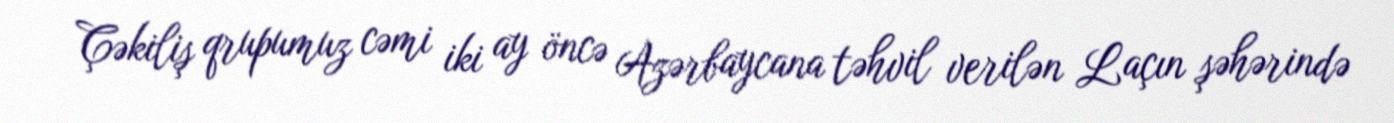
Çəkiliş qrupumuz cəmi iki ay öncə Azərbaycana təhvil verilən Laçın şəhərində